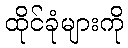
ထိုင်ခုံများကို